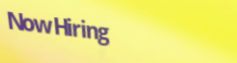
NowHiring